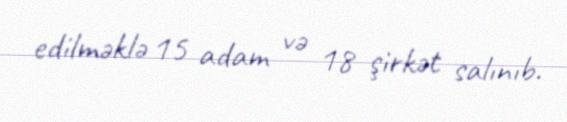
edilməklə 15 adam və 18 şirkət salınıb.